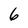
Character: 6